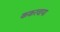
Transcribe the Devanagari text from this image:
ककरवाया